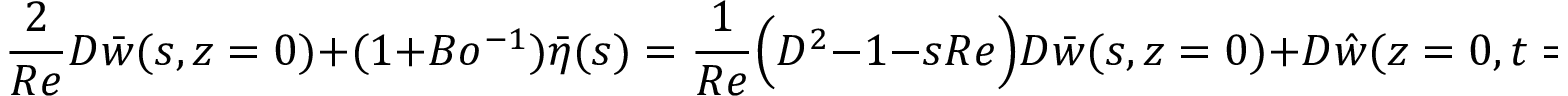
\frac { 2 } { R e } D \bar { w } ( s , z = 0 ) + ( 1 + B o ^ { - 1 } ) \bar { \eta } ( s ) = \frac { 1 } { R e } \Big ( D ^ { 2 } - 1 - s R e \Big ) D \bar { w } ( s , z = 0 ) + D \hat { w } ( z = 0 , t = 0 )